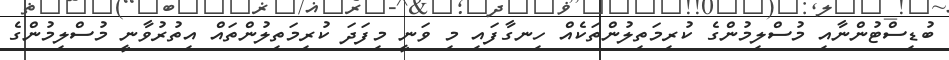
ބުޑިސްޓުންނާއި މުސްލިމުންގެ ކުރިމަތިލުންތަކެއް ހިނގާފައި މި ވަނީ މިފަދަ ކުރިމަތިލުންތައް އިތުރުވާނީ މުސްލިމުންގެ